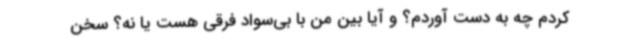
کردم چه به دست آوردم؟ و آیا بین من با بی‌سواد فرقی هست یا نه؟ سخن